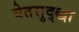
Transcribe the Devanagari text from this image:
येतसुद्द्धा